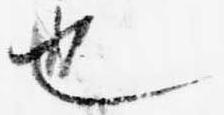
也